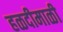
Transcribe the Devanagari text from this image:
हळदीमाळी